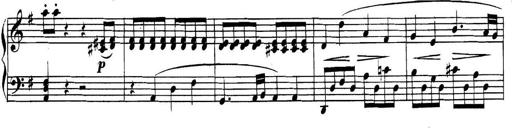
Title: Collected Piano Sonatas
Composer: Muzio Clementi